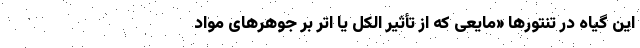
این گیاه در تنتور‌ها «مایعی که از تأثیر الکل یا اتر بر جوهر‌های مواد